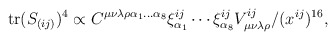
\begin{align*}{\rm tr} (S_{(ij)}) ^4 \propto C^{\mu \nu \lambda \rho \alpha_1 ...\alpha_8}\xi^{ij}_{\alpha_1} \cdots \xi^{ij}_{\alpha_8}V^{ij}_{\mu \nu \lambda \rho}/(x^{ij})^{16},\end{align*}